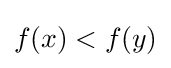
f\!\left(x\right)<f\!\left(y\right)